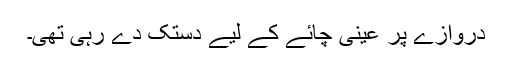
دروازے پر عینی چائے کے لیے دستک دے رہی تھی۔